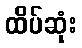
ထိပ်ဆုံး